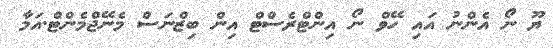
ޔޫ ނޯ އެންނު އައި ހޭވް ނޯ އިންޓްރެސްޓް އިން ބިޒްނަސް މެނޭޖްމެންޓް.އަމާ